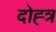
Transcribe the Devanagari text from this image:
दोह्त्र